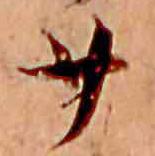
廿